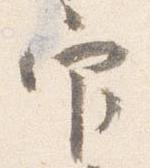
官